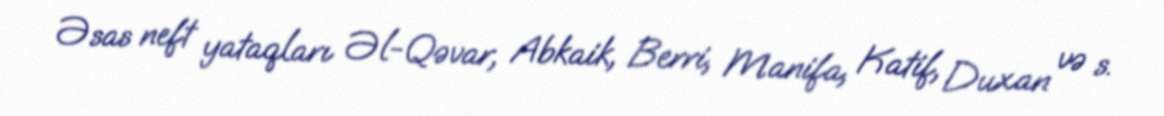
Əsas neft yataqları Əl-Qəvar, Abkaik, Berri, Manifa, Katif, Duxan və s.